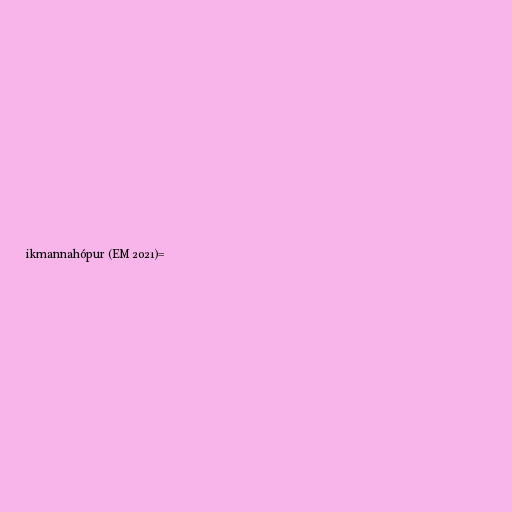
ikmannahópur (EM 2021)=